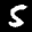
Label: 5